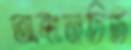
অঙ্কনচিত্র